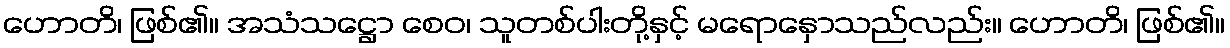
ဟောတိ၊ ဖြစ်၏။ အသံသဋ္ဌော စေဝ၊ သူတစ်ပါးတို့နှင့် မရောနှောသည်လည်း။ ဟောတိ၊ ဖြစ်၏။